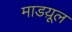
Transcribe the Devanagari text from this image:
माडय़ूल